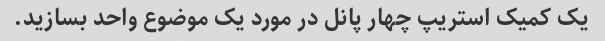
یک کمیک استریپ چهار پانل در مورد یک موضوع واحد بسازید.